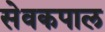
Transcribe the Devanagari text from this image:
सेवकपाल